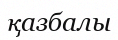
қазбалы